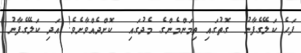
ފަހެ ކަލޭގެފާނު  ގޮތުގައި ތިމަންމެންގެ މެދުގައި  ކޮށްދެއްވާށެވެ! އަދި ކަލޭގެފާނު